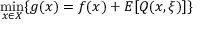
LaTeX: \operatorname* { m i n } _ { x \in X } \{ g ( x ) = f ( x ) + E [ Q ( x , \xi ) ] \}